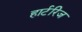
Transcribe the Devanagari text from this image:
हार्टरिज